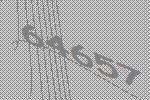
64657